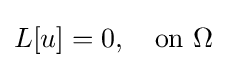
L[u]=0,\quad {\text{on}}\ \Omega